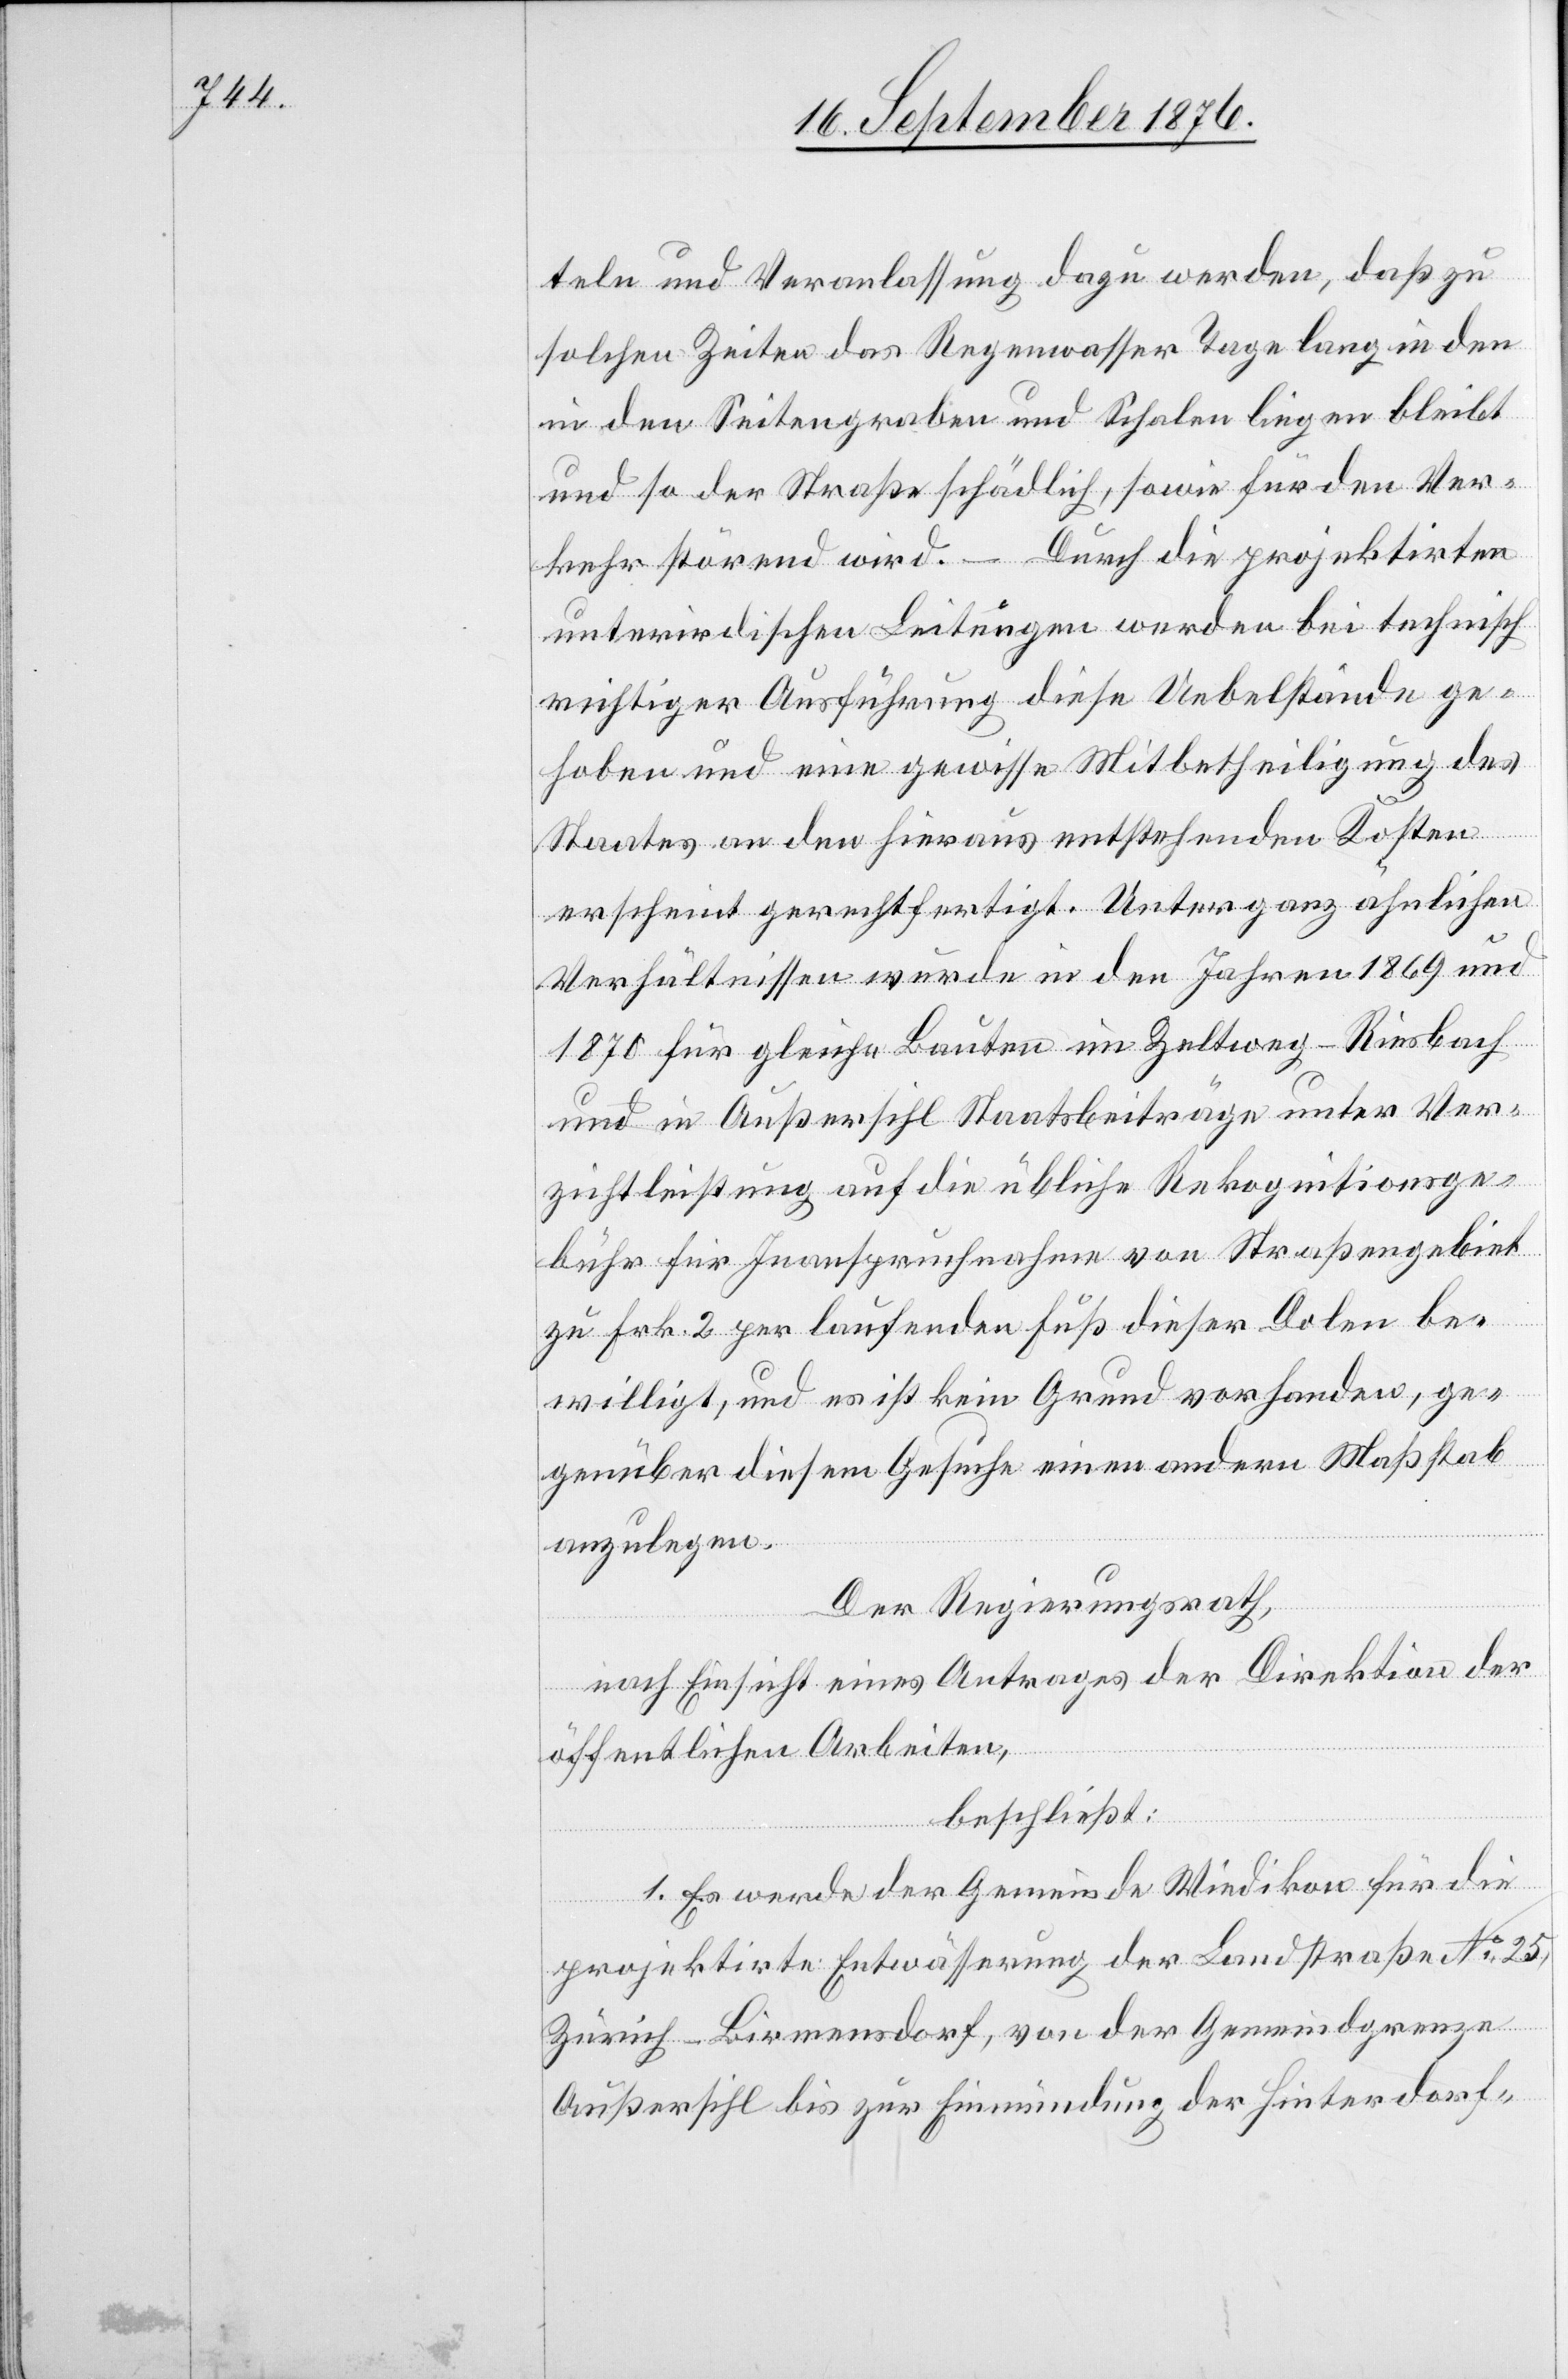
teln und Veranlassung dazu werden, daß zu
solchen Zeiten das Regenwasser Tage lang in den
und so der Straße schädlich, sowie für den Ver¬
kehr störend wird. – Durch die projektirten
unterirdischen Leitungen werden bei technisch
richtiger Ausführung diese Uebelstände ge¬
hoben und eine gewisse Mitbetheiligung des
Staates an den hieraus entstehenden Kosten
erscheint gerechtfertigt. Unter ganz ähnlichen
Verhältnissen wurde in den Jahren 1869 und
1870 für gleiche Bauten im Zeltweg–Riesbach
und in Außersihl Staatsbeiträge unter Ver¬
zichtleistung auf die übliche Rekognitionsge¬
bühr für Inanspruchnahme von Straßengebiet
zu Frk. 2 per laufenden Fuß dieser Dolen be¬
willigt, und es ist kein Grund vorhanden, ge¬
genüber diesem Gesuche einen andern Maßstab
anzulegen.
Der Regierungsrath,
nach Einsicht eines Antrages der Direktion der
öffentlichen Arbeiten,
beschließt:
1. Es werde der Gemeinde Wiedikon für die
projektirte Entwässerung der Landstraße No 25,
Zürich–Birmensdorf, von der Gemeindgrenze
Außersihl bis zur Einmündung der Hinterdorf-